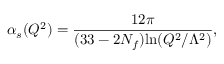
\alpha _ { s } ( Q ^ { 2 } ) = \frac { 1 2 \pi } { ( 3 3 - 2 N _ { f } ) \mathrm { l n } ( Q ^ { 2 } / \Lambda ^ { 2 } ) } ,